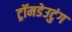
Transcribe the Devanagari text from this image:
ट्रॉमडेउटुंग